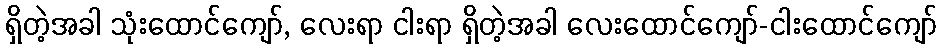
ရှိတဲ့အခါ သုံးထောင်ကျော်, လေးရာ ငါးရာ ရှိတဲ့အခါ လေးထောင်ကျော်-ငါးထောင်ကျော်